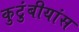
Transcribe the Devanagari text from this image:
कुटुंबीयांस